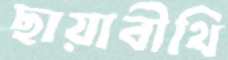
ছায়াবীথি